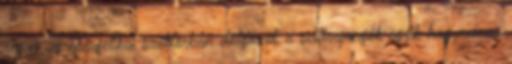
régen az energetikai szektorban dolgozók a scifirajongók egyik hagymázas